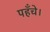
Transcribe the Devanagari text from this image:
पहँचे।